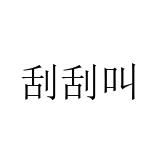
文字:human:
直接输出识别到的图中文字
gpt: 刮刮叫